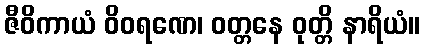
ဇီဝိကာယံ ဝိဝရဏေ၊ ဝတ္တနေ ဝုတ္တိ နာရိယံ။